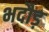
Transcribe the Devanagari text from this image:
भदौड़